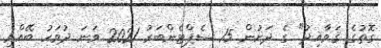
ގޮތުގެ ޤަވާއިދު" ގެ ދަށުން 15 ސެޕްޓެންބަރު 2021 ވަނަ ދުވަހު ބޭއްވި